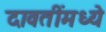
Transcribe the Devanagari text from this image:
दावतींमध्ये